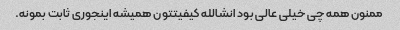
ممنون همه چی خیلی عالی بود انشالله کیفیتتون همیشه اینجوری ثابت بمونه.